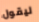
ليقول